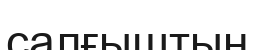
салғыштың